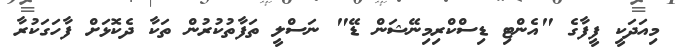
މިއަދަކީ ފީފާގެ "އެންޓި ޑިސްކްރިމިނޭޝަން ޑޭ" ނަސްލީ ތަފާތުކުރުން ތަކާ ދެކޮޅަށް ފާހަގަކުރާ